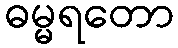
ဓမ္မရတော